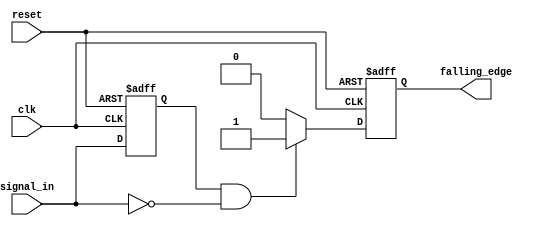
module FallingEdgeDetector (
    input wire clk,          // Clock input
    input wire reset,        // Asynchronous reset input
    input wire signal_in,    // Input signal to monitor
    output reg falling_edge   // Output signal indicating falling edge
);

    // Memory block to store the previous state of the input signal
    reg signal_prev;

    // Always block triggered on the rising edge of the clock
    always @(posedge clk or posedge reset) begin
        if (reset) begin
            // Initialize the memory block and output signal on reset
            signal_prev <= 1'b0;
            falling_edge <= 1'b0;
        end else begin
            // Detect falling edge
            if (signal_prev == 1'b1 && signal_in == 1'b0) begin
                falling_edge <= 1'b1; // Set output high for one clock cycle
            end else begin
                falling_edge <= 1'b0; // Reset output if no falling edge detected
            end
            
            // Update previous state
            signal_prev <= signal_in;
        end
    end

endmodule